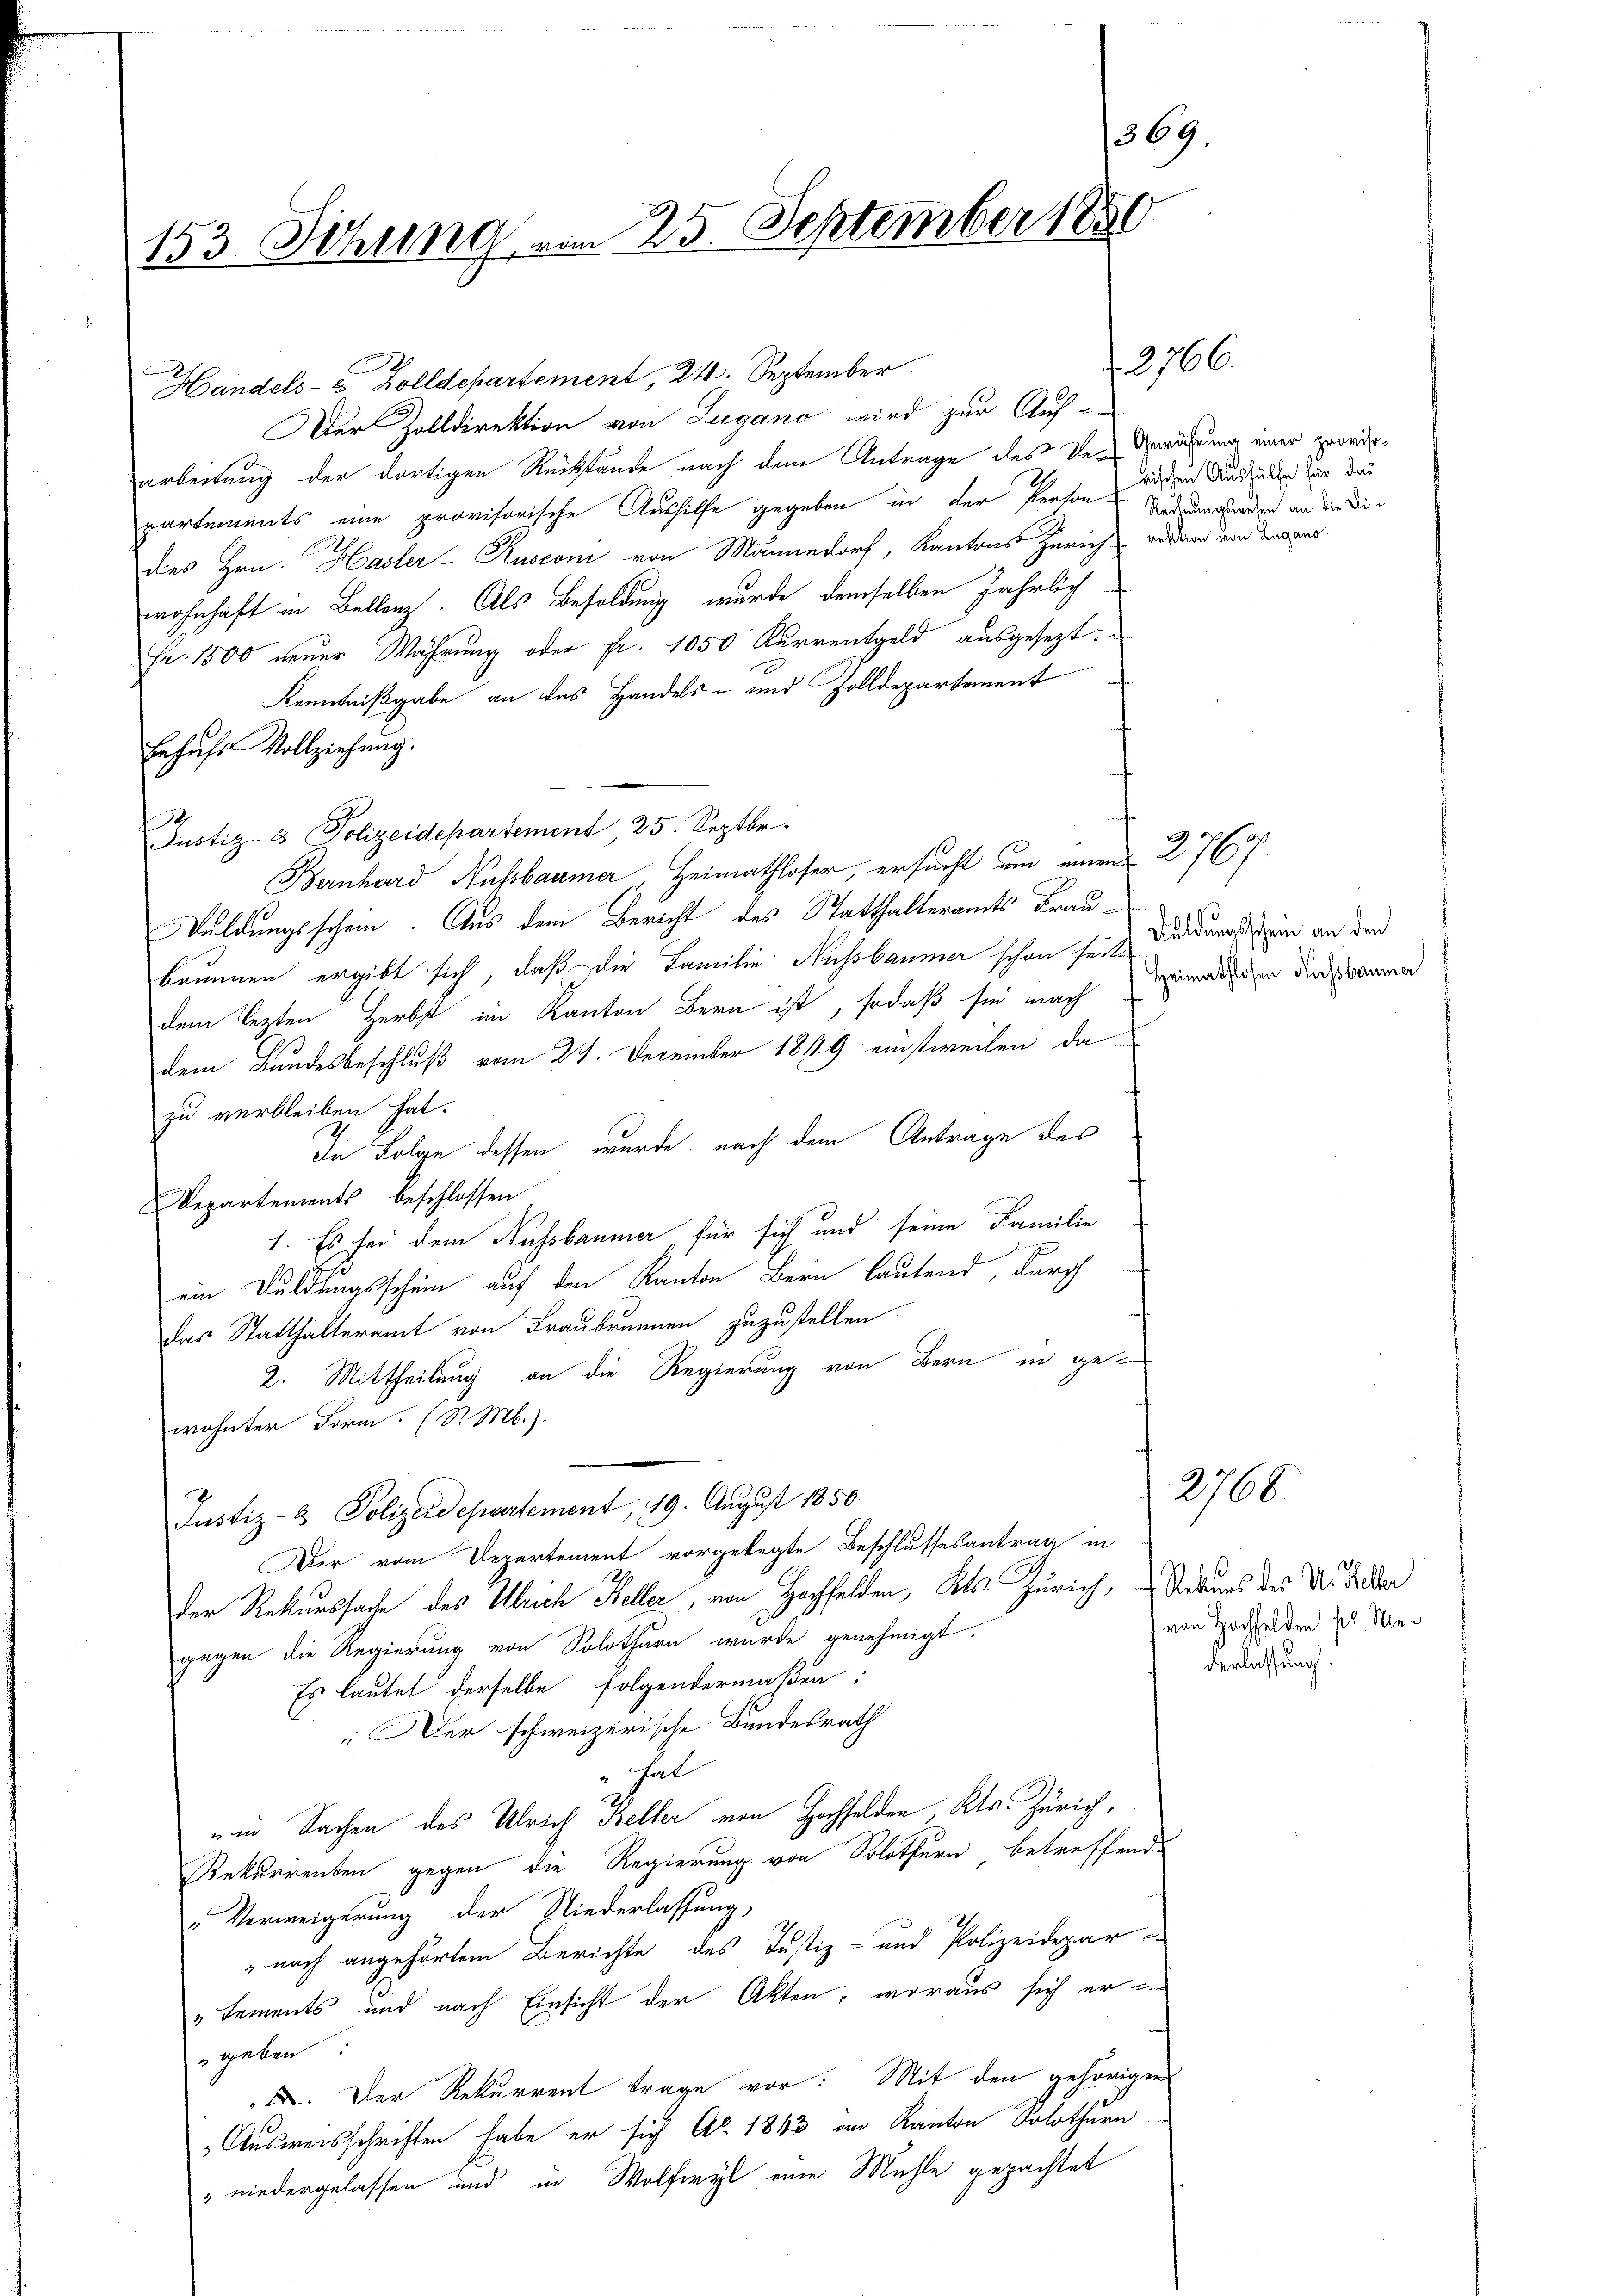
153. Sitzung vom 25. September 18

Handels- & Zolldepartement, 21. September.
Der Zolldirektion von Lugano wird zur Auf-
arbeitung der dortigen Rückstände nach dem Antrage des Vergerichtung einer geordpartements eine provisorische Aushilfe gegeben in der Person Niederungenden an die Dides Hrn. Hasler-Rusconi von Männedorf, Kantons Zürich reden und derswer
wohnhaft in Bellenz. Als Besoldung wurde demselben jährlich
Fr. 1500 neuer Wahrung oder Fr. 1050 Kurrentgeld ausgesezt:
Kenntnißgabe an das Handels- und Zolldepartement
Behufs Vollziehung.
Justiz- & Polizeidepartement 25. Septbr.
Bernhard Nussbaumer, Heimathloser, ersucht um einen 2767.
Duldungsschein. Aus dem Bericht des Statthalteramts Fraubrunnen ergibt sich, daß die Familie Nussbaumer schon seits Fundarstein an den
dem lezten Herbst im Kanton Bern ist, sodaß sie nach
dem Bundesbeschluß vom 24. December 1849 einstweilen da
zu verbleiben hat.
In Folge dessen wurde, nach dem Antrage des
Departements beschlossen
1. Es sei dem Nussbaumer für sich und seine Familie
ein Duldungsschein auf den Kanton Bern lautend, durch
das Statthalteramt von Fraubrunnen zuzustellen
2. Mittheilung an die Regierung von Bern in gewohnter Form. (S. M.)
Justiz- & Polizeidepartement, 19. August 1850.
Der vom Departement vorgelegte Beschlussesantrag in
Der Rekurssache des Ulrich Keller, von Hochfelden, Kts. Zürich, Brauns des V. Dieder
gegen die Regierung von Solothurn wurde genehmigt.
Es lautet derselbe Folgendermaßen:
: Der schweizerische Bundesrath
" hat
uin Sachen des Ulrich Keller von Hochfelden, Kts. Zürich,
Rekurrenten gegen die Regierung von Solothurn betreffend
„Verweigerung der Niederlassung,
" nach angehörtem Berichte des Justiz- und Polizeidepar-
„tements und nach Einsicht der Akten, woraus sich er
geben.
X. Der Rekurrent trage vor: Mit den gehörigen
Ausweisschriften habe er sich Ao. 1843 an Kanton Solothurn
" niedergelassen und in Wolfwyl eine Mühle gepachtet

369

2766.

rischen Aushülfe für das

Heimathlosen Aussbaumer

von Hochfelden der Niederlassung.

2766.